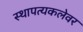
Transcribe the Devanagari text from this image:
स्थापत्यकलेवर